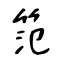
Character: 笵